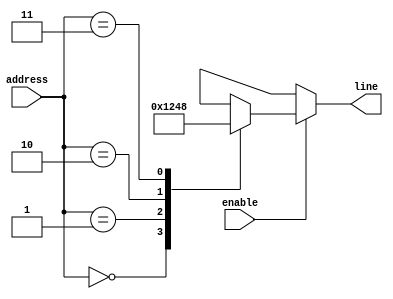

/********************************************************************************************


Webpage: https://github.com/vigneshi5617

Filename:	decoder.v   

Description: "one-hot" decoder - only one outpur line is active at a time

Date:		01/06/2023

Author:		Vignesh Anand

Email:		vigneshanand16064@gmail.com
		 

Version:	1.0

*********************************************************************************************/
module addressDecoder(
  input wire[1:0] address,
  input wire enable,
  output reg [3:0] line
);
  always @* begin
    if (!enable) begin
      line = 4'bx; // "don't care" when enable is 0
    end else begin
      case(address)
        2'b00: line = 4'b0001;
        2'b01: line = 4'b0010;
        2'b10: line = 4'b0100;
        2'b11: line = 4'b1000;
        default: line = 4'bx; // "don't care" for unexpected address values
      endcase
    end
  end
endmodule